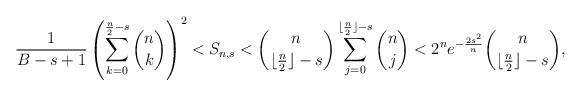
LaTeX: \begin{align*}\frac{1}{B-s+1} \left(\sum_{k=0}^{\frac{n}{2} - s} \binom{n}{k} \right)^2< S_{n,s}< \binom{n}{\lfloor{\frac{n}{2}}\rfloor-s}\sum_{j=0}^{\lfloor{\frac{n}{2}}\rfloor-s} \binom{n}{j}<2^n e^{-\frac{2s^2}{n}} \binom{n}{\lfloor{\frac{n}{2}}\rfloor-s},\end{align*}